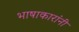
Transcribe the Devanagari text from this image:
भाषाकारांनी